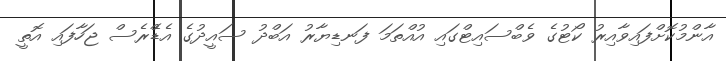
އާންމުކޮށްފައިވާއިރު ކޯޓުގެ ވެބްސައިޓްގައި އުއްތަމަ ފަނޑިޔާރު އަބްދު ސައީދުގެ އެޑްެރެސް ޖަހާފައި އޮތީ